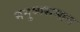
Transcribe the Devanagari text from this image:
मनुष्यसमान